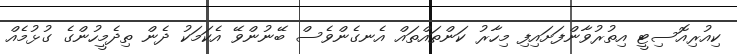
ކިއުރިއޮސިޓީ އިތުރުވާންފަށައިފި މިހާރު ކަންތައްތައް އެނގެންވެސް ބޭނުންވޭ އެކަމަކު ދެން ތިދެމީހުންގެ ގުޅުމެއް